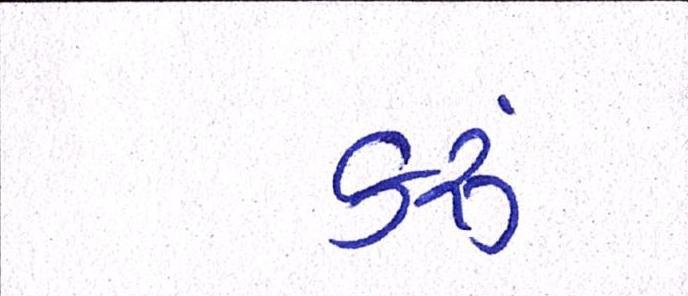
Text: કરૂં